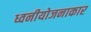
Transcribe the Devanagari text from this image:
ध्वनीयोजनाकार